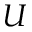
U